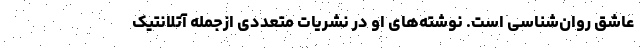
عاشق روان‌شناسی است. نوشته‌های او در نشریات متعددی ازجمله آتلانتیک